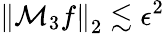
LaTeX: \left\| \mathcal{M}_{3}f\right\| _{2}\lesssim\epsilon^{2}